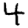
Digit: 4